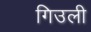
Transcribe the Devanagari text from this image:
गिउली